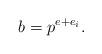
LaTeX: \begin{align*}b=p^{e+e_i}.\end{align*}